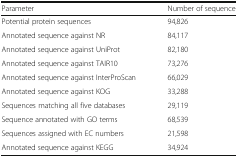
<table><thead><tr><td><b>Parameter</b></td><td><b>Number of sequence</b></td></tr></thead><tbody><tr><td>Potential protein sequences</td><td>94,826</td></tr><tr><td>Annotated sequence against NR</td><td>84,117</td></tr><tr><td>Annotated sequence against UniProt</td><td>82,180</td></tr><tr><td>Annotated sequence against TAIR10</td><td>73,276</td></tr><tr><td>Annotated sequence against InterProScan</td><td>66,029</td></tr><tr><td>Annotated sequence against KOG</td><td>33,288</td></tr><tr><td>Sequences matching all five databases</td><td>29,119</td></tr><tr><td>Sequence annotated with GO terms</td><td>68,539</td></tr><tr><td>Sequences assigned with EC numbers</td><td>21,598</td></tr><tr><td>Annotated sequence against KEGG</td><td>34,924</td></tr></tbody></table>